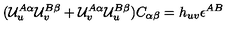
( { \cal U } _ { u } ^ { A \alpha } { \cal U } _ { v } ^ { B \beta } + { \cal U } _ { v } ^ { A \alpha } { \cal U } _ { u } ^ { B \beta } ) C _ { \alpha \beta } = h _ { u v } \epsilon ^ { A B }